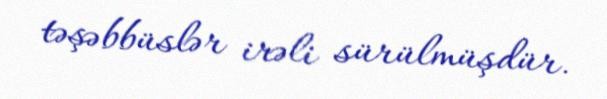
təşəbbüslər irəli sürülmüşdür.